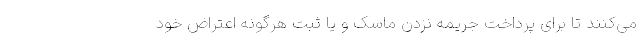
می‌کنند تا برای پرداخت جریمه نزدن ماسک و یا ثبت هرگونه اعتراض خود